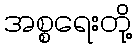
အစ္စရေးတို့